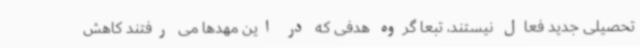
تحصیلی جدید فعال نیستند، تبعا گروه هدفی که در این مهدها می رفتند کاهش